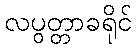
လပွတ္တာခရိုင်